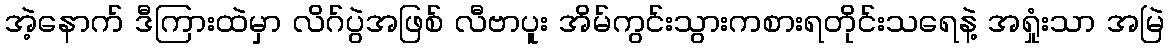
အဲ့နောက် ဒီကြားထဲမှာ လိဂ်ပွဲအဖြစ် လီဗာပူး အိမ်ကွင်းသွားကစားရတိုင်းသရေနဲ့ အရှုံးသာ အမြဲ